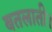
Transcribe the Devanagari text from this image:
बतलाती।